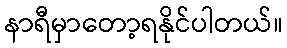
နာရီမှာတော့ရနိုင်ပါတယ်။